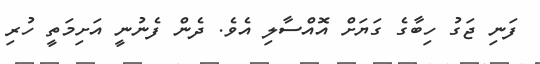
ފަނި ޖަގު ހިބާގެ ގަޔަށް އޮއްސާލި އެވެ. ދެން ފެނުނީ އަށިމަތީ ހުރި